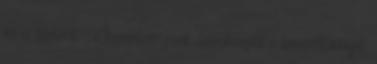
mi is történt. ; Szerintem csak szórakozott a boszorkánnyal,